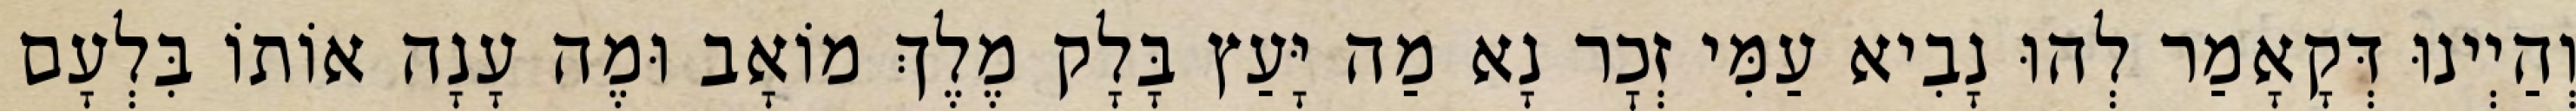
וְהַיְינוּ דְּקָאָמַר לְהוּ נָבִיא עַמִּי זְכׇר נָא מַה יָּעַץ בָּלָק מֶלֶךְ מוֹאָב וּמֶה עָנָה אוֹתוֹ בִּלְעָם